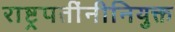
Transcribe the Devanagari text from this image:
राष्ट्रपतींनीनियुक्त